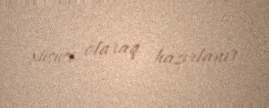
xüsusi olaraq hazırlanır.